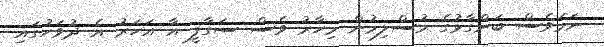
ނަމަވެސް ބަންގާޅުގެ މުސްލިމުން މިހާރު ވެސް ސަގާފީ އާ އަހަރު އެ ދުވަހުގައި